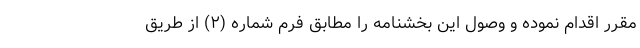
مقرر اقدام نموده و وصول این بخشنامه را مطابق فرم شماره (۲) از طریق